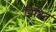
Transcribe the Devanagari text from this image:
निष्ठित